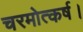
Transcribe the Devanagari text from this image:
चरमोत्कर्ष।